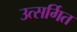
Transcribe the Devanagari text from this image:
उत्सर्गित